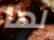
لها